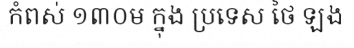
កំពស់ ១៣០ម ក្នុង ប្រទេស ថៃ ឡង